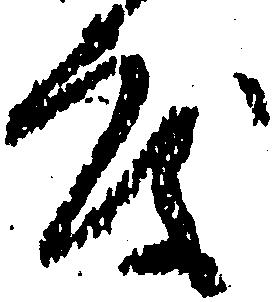
度